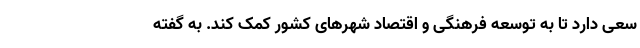
سعی دارد تا به توسعه فرهنگی و اقتصاد شهرهای کشور کمک کند. به گفته